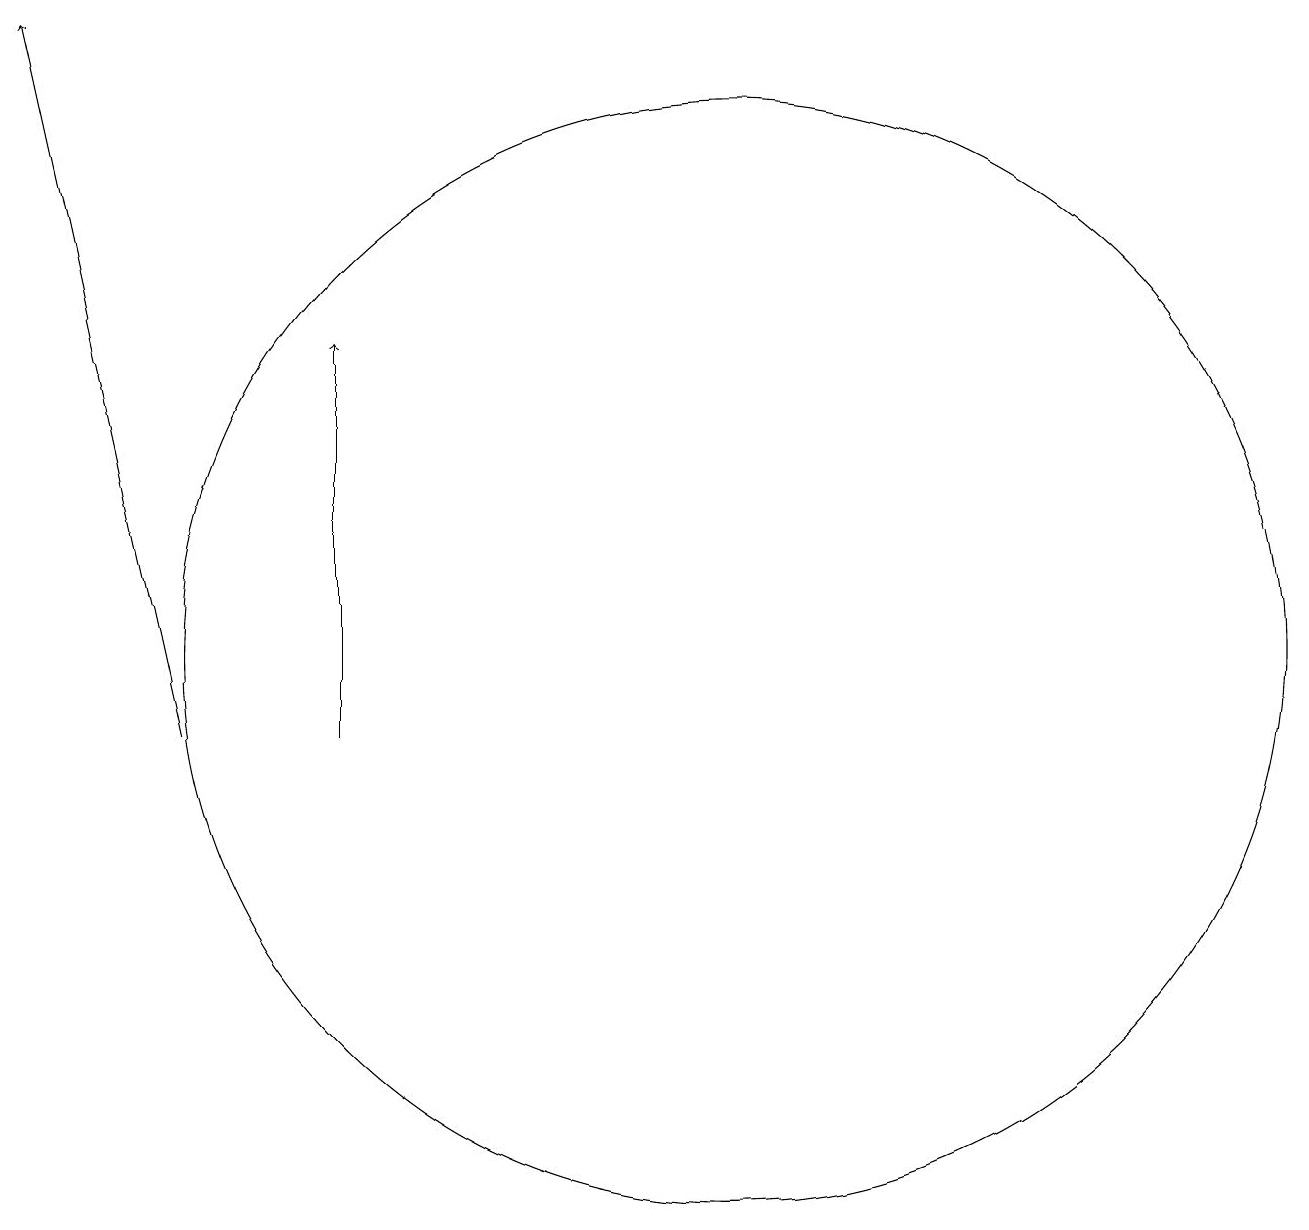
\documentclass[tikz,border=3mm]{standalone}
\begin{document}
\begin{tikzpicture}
\draw[->] (4,10) -- (2,19);
\draw[->] (6,10) -- (6,15);
\draw (11,11) circle (7);
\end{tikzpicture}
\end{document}